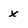
Character: x